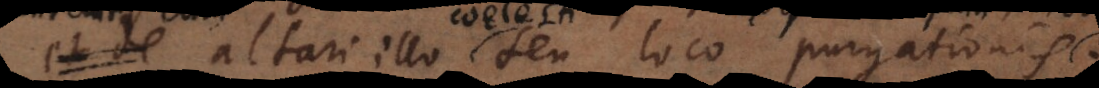
cum altari illo seu loco purgationis